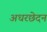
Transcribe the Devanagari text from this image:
अधरछेदन